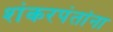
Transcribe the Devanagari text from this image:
शंकरपंतांना